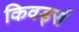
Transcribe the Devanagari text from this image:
किवर्ड्स